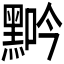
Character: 𪑑